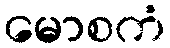
မောစကံ